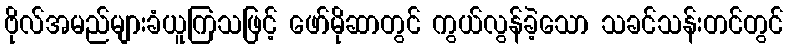
ဗိုလ်အမည်များခံယူကြသဖြင့် ဖော်မိုဆာတွင် ကွယ်လွန်ခဲ့သော သခင်သန်းတင်တွင်